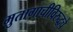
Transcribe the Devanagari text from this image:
मुतागाचीविरुद्धचे